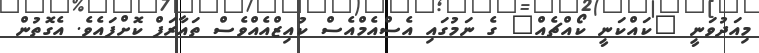
މިއަދުވަނީ "ކައްކަނީ ކޯއްޗެއް" ގެ ނަމުގައި އެސްއެމްއެސް ކުއިޒްއެއްވެސް ތައާރަފް ކޮށްފައެވެ. އެގޮތުން